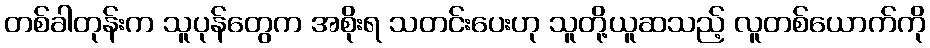
တစ်ခါတုန်းက သူပုန်တွေက အစိုးရ သတင်းပေးဟု သူတို့ယူဆသည့် လူတစ်ယောက်ကို